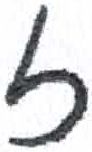
אות: ז